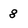
Character: 8